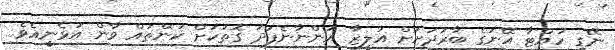
ނޭގި ހުއްޓާ އޭނަގެ ބާރުދަށަށް އަލީޒާ އަންނާނެފަދަ ގޮތަކަށް ކަންތައް ވާން އުޅެނީއެވެ.